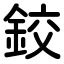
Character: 鉸